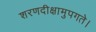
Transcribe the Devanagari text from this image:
शरणदीक्षामुपगते।